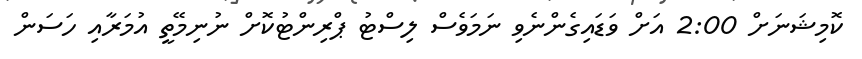
ކޮމިޝަނަށް 2:00 އަށް ވަޑައިގެންނެވި ނަމަވެސް ލިސްޓު ޕްރިންޓުކޮށް ނުނިމޭތީ އުމަރާއި ހަސަން